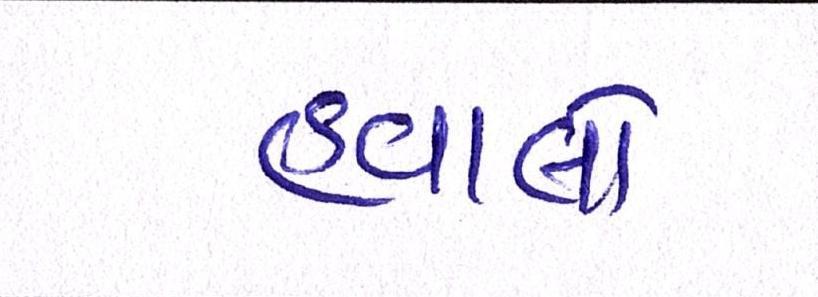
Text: હવાલો